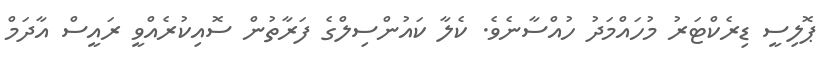
ޕޮލިސީ ޑިރެކްޓަރު މުހައްމަދު ހުއްސާނެވެ. ކެލާ ކައުންސިލްގެ ފަރާތުން ސޮއިކުރެއްވީ ރައީސް އާދަމް